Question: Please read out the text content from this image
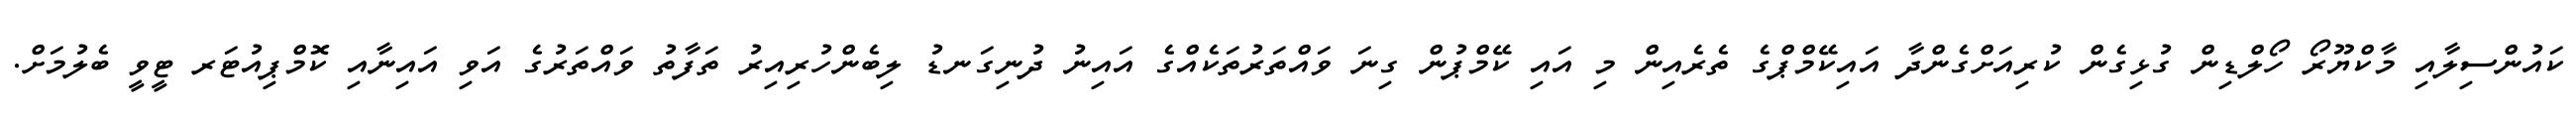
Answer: ކައުންސިލާއި މާކްޔޫރޯ ހޯލްޑިން ގުޅިގެން ކުރިއަށްގެންދާ އައިކޭމްޕްގެ ތެރެއިން މި އައި ކޭމްޕުން ގިނަ ވައްތަރުތަކެއްގެ އައިނު ދުނިގަނޑު ލިބެންހުރިއިރު ތަފާތު ވައްތަރުގެ އަވި އައިނާއި ކޮމްޕިއުޓަރ ޓީވީ ބެލުމަށް.